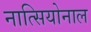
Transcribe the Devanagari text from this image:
नात्सियोनाल